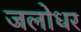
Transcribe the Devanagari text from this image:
जलोधर